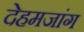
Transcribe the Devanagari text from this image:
देहमजांग